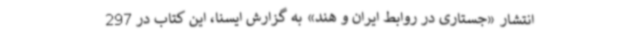
انتشار «جستاری در روابط ایران و هند» به گزارش ایسنا، این کتاب در 297